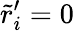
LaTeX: \tilde{r}_{i}^{\prime}=0